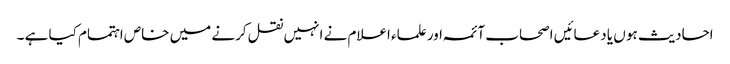
احادیث ہو ں یا دعائیں اصحاب آئمہ اور علماء اعلام نے انہیں نقل کرنے میں خاص اہتمام کیا ہے ۔